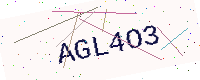
Text: AGL4O3